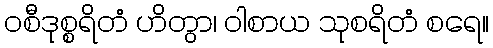
ဝစီဒုစ္စရိတံ ဟိတွာ၊ ဝါစာယ သုစရိတံ စရေ။